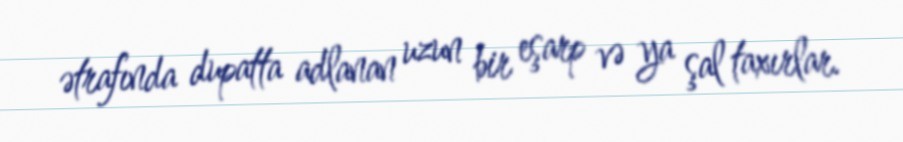
ətrafında dupatta adlanan uzun bir eşarp və ya şal taxırlar.